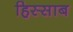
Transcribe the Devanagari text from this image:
हिस्साब